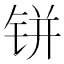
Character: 𰽼